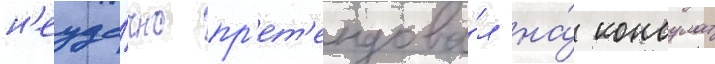
н'еуда́чно пр'ет'ендова́л на́ консулат